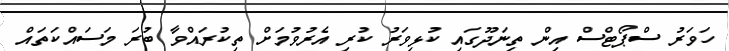
ހަވަރު ސްޕޯޓްސް އިން ތިނަދޫގައި ކުޅިވަރު ކުރި އެރުވުމަށް ތިކުރައްވާ ބުރަ މަސައްކަތައް